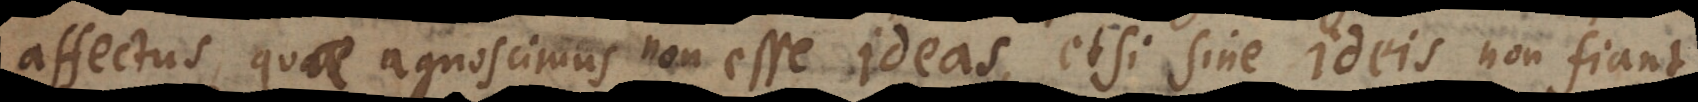
affectus, quae agnoscimus non esse ideas, etsi sine ideis non fiant.